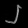
Digit: ၂